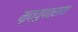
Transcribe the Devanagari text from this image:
मृत्युपत्राया